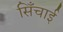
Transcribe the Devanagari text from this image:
सिँचाई